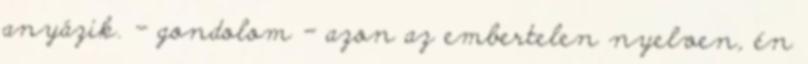
anyázik. - gondolom - azon az embertelen nyelven, én